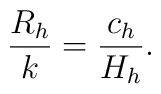
\frac{R_h}{k}=\frac{c_h}{H_h}.